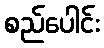
စည်ပေါင်း